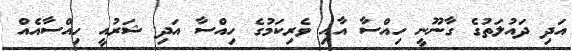
އަދި ދައުލަތުގެ ގާނޫނީ ހިއްސާ އާއި ވެރިކަމުގެ ހިއްސާ އަދި ޝަރުއީ ހިއްސާއެއް